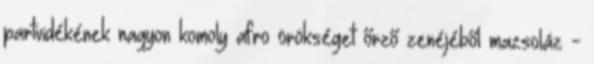
partvidékének nagyon komoly afro örökséget őrző zenéjéből mazsoláz -